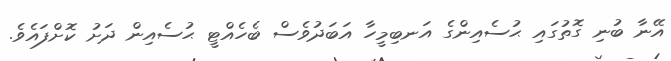
އޭނާ ބުނި ގޮތުގައި ޙުސެއިންގެ އަނބިމީހާ އަބަދުވެސް ބެހެއްޓީ ޙުސެއިން ދަށު ކޮށްފައެވެ.